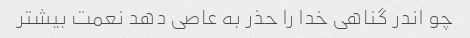
چو اندر گناهی خدا را حذر به عاصی دهد نعمت بیشتر